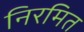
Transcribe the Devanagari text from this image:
निरमित